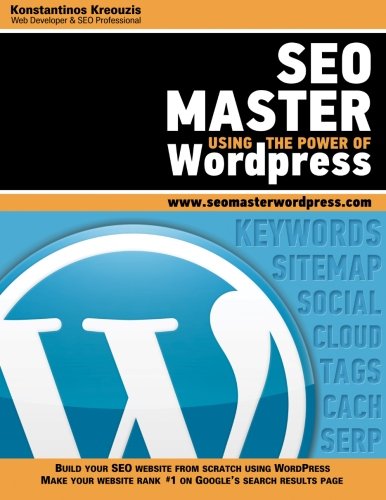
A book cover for SEO Master Using The Power of Wordpress; Konstantinos Kreouzis; Computers & Technology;